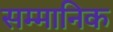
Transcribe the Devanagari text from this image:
सम्‍मानिक